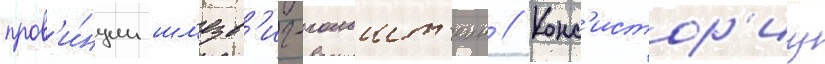
пров'и́нции шл'езв'иг-гольшт'еин // Конс'истор'иу